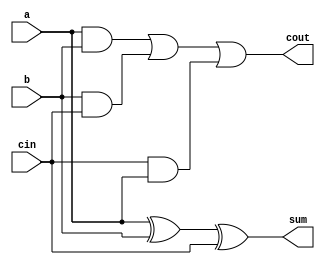
module full_adder_block(
    input a,b,
    input cin,
    output cout,sum);
	
    assign sum  = a^b^cin;
    assign cout = (a&b)|(b&cin)|(cin&a);
endmodule

module top_module( 
    input [99:0] a, b,
    input cin,
    output [99:0] cout,
    output [99:0] sum );

    genvar i;
    
  full_adder_block FA(a[0],b[0],cin,cout[0],sum[0]);
    
    
    generate
        for (i=1; i<100; i=i+1) begin:srisarathi
        full_adder_block FA(a[i],b[i],cout[i-1],cout[i],sum[i]);
    end
    endgenerate
endmodule